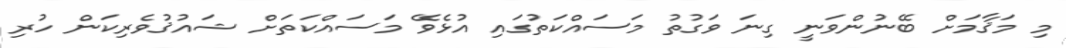
މި މަޤާމަށް ބޭނުންވަނީ ގިނަ ވަގުތު މަސައްކަތުގައި އުޅެވޭ މަސައްކަތަށް ޝައުޤުވެރިކަން ހުރި